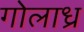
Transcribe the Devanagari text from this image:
गोलाध्र